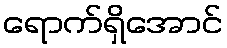
ရောက်ရှိအောင်